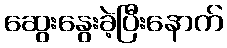
ဆွေးနွေးခဲ့ပြီးနောက်